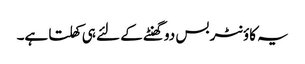
یہ کاؤنٹر بس دو گھنٹے کے لئے ہی کھلتا ہے۔